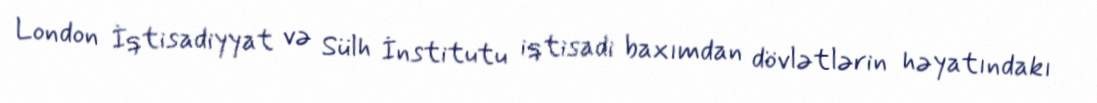
London İqtisadiyyat və Sülh İnstitutu iqtisadi baxımdan dövlətlərin həyatındakı